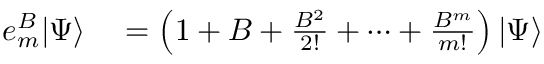
\begin{array} { r l } { e _ { m } ^ { B } | \Psi \rangle } & { { } = \left( 1 + B + \frac { B ^ { 2 } } { 2 ! } + \cdots + \frac { B ^ { m } } { m ! } \right) | \Psi \rangle } \end{array}